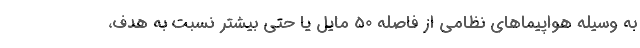
به وسیله هواپیماهای نظامی از فاصله 50 مایل یا حتی بیشتر نسبت به هدف،